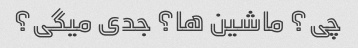
چی؟ ماشین ها؟ جدی میگی؟